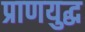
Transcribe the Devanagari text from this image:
प्राणयुद्ध